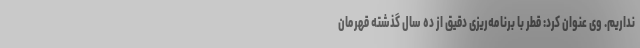
نداریم. وی عنوان کرد: قطر با برنامه‌ریزی دقیق از ده سال گذشته قهرمان